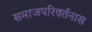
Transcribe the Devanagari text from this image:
समाजपरिवर्तनास